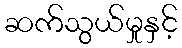
ဆက်သွယ်မှုနှင့်